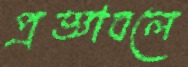
প্রজ্ঞাবলে